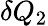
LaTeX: \delta Q_{2}